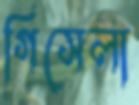
গিসেলা